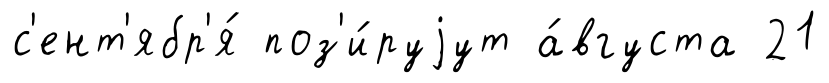
с'ент'ябр'я́ поз'и́руjут а́вгуста 21